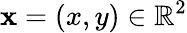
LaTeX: \mathbf{x}=(x,y)\in\mathbb{R}^{2}